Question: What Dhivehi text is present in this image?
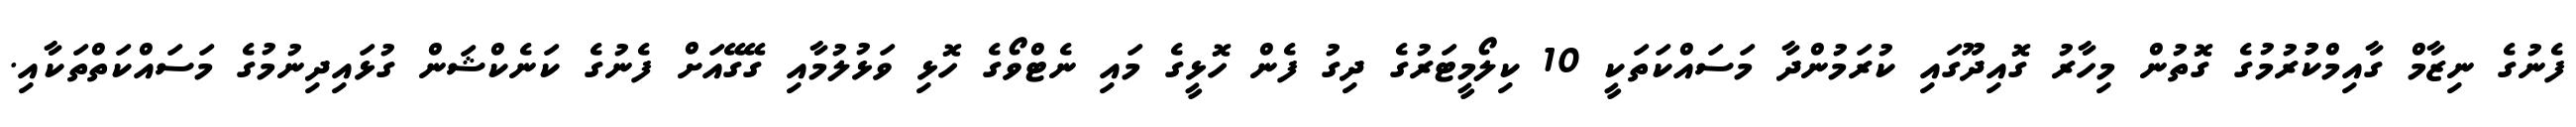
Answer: ފެނުގެ ނިޒާމް ގާއިމްކުުރުމުގެ ގޮތުން މިހާރު ގޮއިދޫގައި ކުރަމުންދާ މަސައްކަތަކީ 10 ކިލޯމީޓަރުގެ ދިގު ފެން ހޮޅީގެ މައި ނެޓްވޯގެ ހޮޅި ވަޅުލުމާއި ގޭގޭއަށް ފެނުގެ ކަނެކްޝަން ގުޅައިދިނުމުގެ މަސައްކަތްތަކާއި.